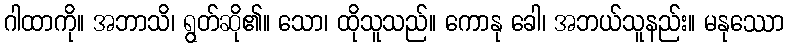
ဂါထာကို။ အဘာသိ၊ ရွတ်ဆို၏။ သော၊ ထိုသူသည်။ ကောနု ခေါ၊ အဘယ်သူနည်း။ မနုဿော